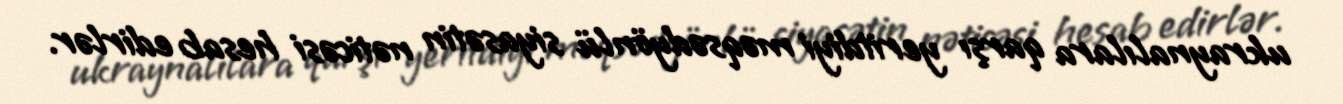
ukraynalılara qarşı yeritdiyi məqsədyönlü siyasətin nəticəsi hesab edirlər.